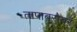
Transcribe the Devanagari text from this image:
तापाबरोबर